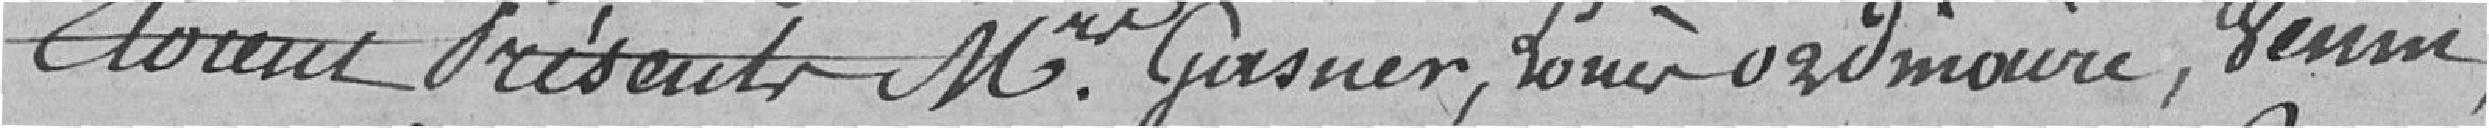
Etaient présents Messieurs Gasner, Louis ordinaire, Venin,